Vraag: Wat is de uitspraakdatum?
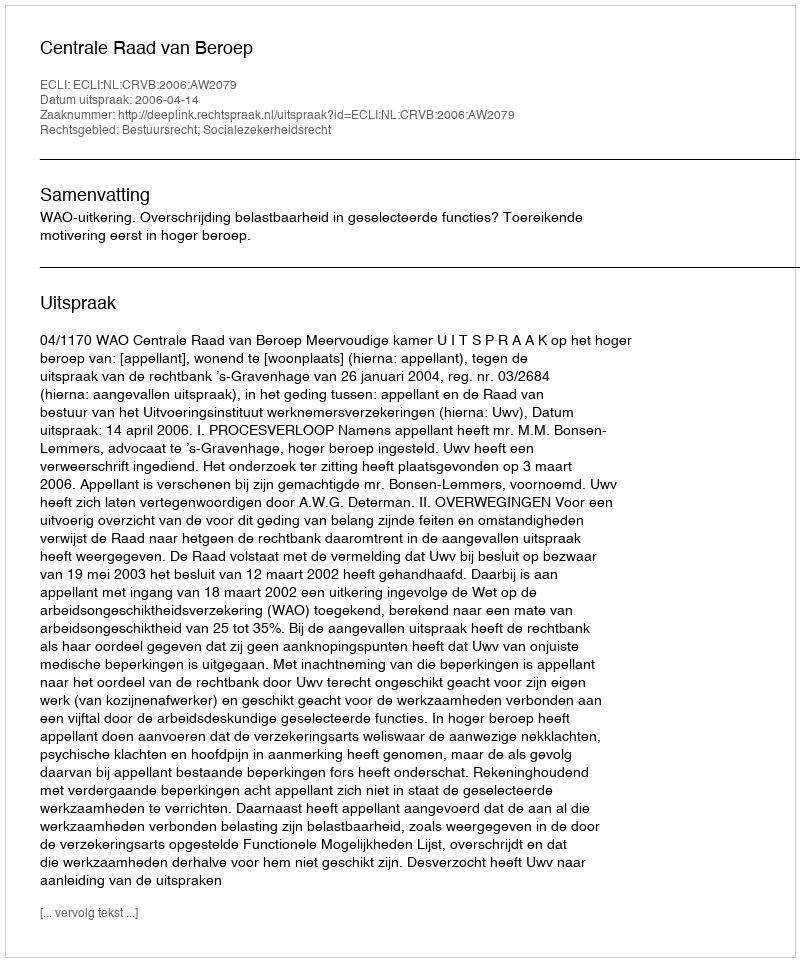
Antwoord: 2006-04-14